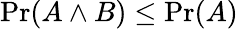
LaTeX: \operatorname*{Pr}(A\land B)\leq\operatorname*{Pr}(A)